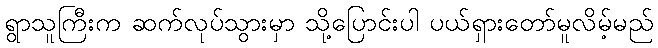
ရွာသူကြီးက ဆက်လုပ်သွားမှာ သို့ပြောင်းပါ ပယ်ရှားတော်မူလိမ့်မည်